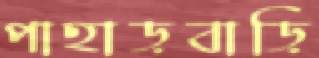
পাহাড়বাড়ি